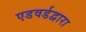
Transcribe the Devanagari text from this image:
एडवर्डद्वारा